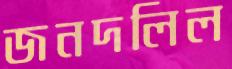
জনদলিল